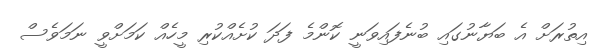
އިތުރަށް އެ ބަޔާނުގައި ބުނެފައިވަނީ ކޮންމެ ފަދަ ކުށެއްކުރި މީހެއް ކަމަށްވީ ނަމަވެސް